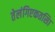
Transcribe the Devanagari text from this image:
तेलंगिएकतसिा